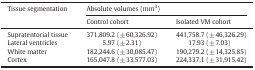
<table><thead><tr><td><b>Tissue segmentation</b></td><td colspan="2"><b>Absolute volumes (mm<sup>3</sup>)</b></td></tr><tr><td><b>Control cohort</b></td><td><b>Isolated VM cohort</b></td></tr></thead><tbody><tr><td>Supratentorial tissue</td><td>371,809.2 (± 60,326.92)</td><td>441,758.7 (± 46,326.29)</td></tr><tr><td>Lateral ventricles</td><td>5.97 (± 2.31)</td><td>17.93 (± 7.03)</td></tr><tr><td>White matter</td><td>182,244.6 (± 30,085.47)</td><td>190,279.2 (± 14,325.85)</td></tr><tr><td>Cortex</td><td>165,047.8 (± 33,577.03)</td><td>224,337.1 (± 31,915.42)</td></tr></tbody></table>